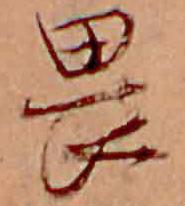
畏